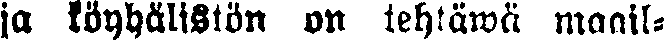
ja köyhälistön on tehtäwä maail-